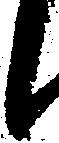
候